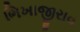
ભિખાજીરાવ